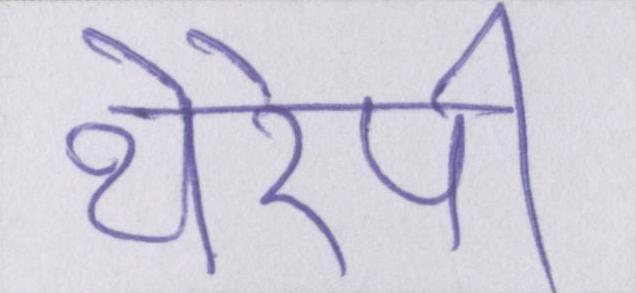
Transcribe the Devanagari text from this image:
थेरेपी